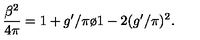
{ \frac { \beta ^ { 2 } } { 4 \pi } } = { { 1 + g ^ { \prime } / \pi } \o { 1 - 2 ( g ^ { \prime } / \pi ) ^ { 2 } } } .